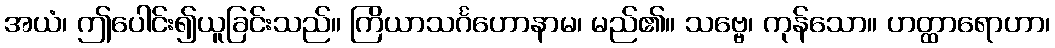
အယံ၊ ဤပေါင်း၍ယူခြင်းသည်။ ကြိယာသင်္ဂဟောနာမ၊ မည်၏။ သဗ္ဗေ၊ ကုန်သော။ ဟတ္ထာရောဟာ၊